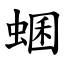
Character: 蜠